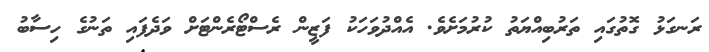
ރަނގަޅު ގޮތުގައި ތަރުބިއްޔަތު ކުރުމަށެވެ. އެއްދުވަހަކު ފަޒީން ރެސްޓޯރެންޓަށް ވަދެފައި ތަނުގެ ހިސާބު